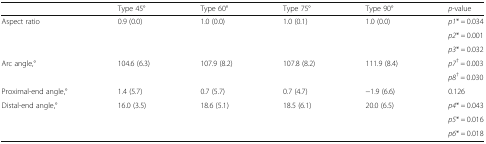
<table><thead><tr><td></td><td><b>Type 45°</b></td><td><b>Type 60°</b></td><td><b>Type 75°</b></td><td><b>Type 90°</b></td><td><b><i>p</i>-value</b></td></tr></thead><tbody><tr><td rowspan="3">Aspect ratio</td><td rowspan="3">0.9 (0.0)</td><td rowspan="3">1.0 (0.0)</td><td rowspan="3">1.0 (0.1)</td><td rowspan="3">1.0 (0.0)</td><td><i>p1</i>* <i>=</i> 0.034</td></tr><tr><td><i>p2</i>* <i>=</i> 0.001</td></tr><tr><td><i>p3</i>* <i>=</i> 0.032</td></tr><tr><td rowspan="2">Arc angle,°</td><td rowspan="2">104.6 (6.3)</td><td rowspan="2">107.9 (8.2)</td><td rowspan="2">107.8 (8.2)</td><td rowspan="2">111.9 (8.4)</td><td><i>p7</i><sup>†</sup> <i>=</i> 0.003</td></tr><tr><td><i>p8</i><sup>†</sup> <i>=</i> 0.030</td></tr><tr><td>Proximal-end angle,°</td><td>1.4 (5.7)</td><td>0.7 (5.7)</td><td>0.7 (4.7)</td><td>−1.9 (6.6)</td><td>0.126</td></tr><tr><td rowspan="3">Distal-end angle,°</td><td rowspan="3">16.0 (3.5)</td><td rowspan="3">18.6 (5.1)</td><td rowspan="3">18.5 (6.1)</td><td rowspan="3">20.0 (6.5)</td><td><i>p4</i>* <i>=</i> 0.043</td></tr><tr><td><i>p5</i>* <i>=</i> 0.016</td></tr><tr><td><i>p6</i>* <i>=</i> 0.018</td></tr></tbody></table>